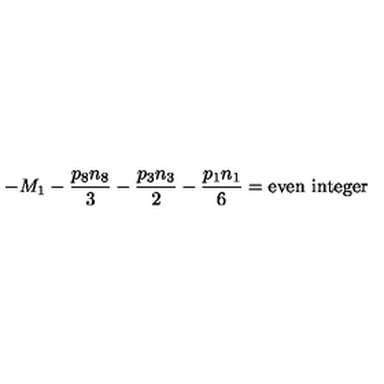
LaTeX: - M _ { 1 } - { \frac { p _ { 8 } n _ { 8 } } { 3 } } - { \frac { p _ { 3 } n _ { 3 } } { 2 } } - { \frac { p _ { 1 } n _ { 1 } } { 6 } } = \mathrm { e v e n } \ \mathrm { i n t e g e r }